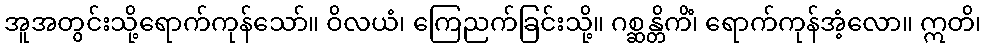
အူအတွင်းသို့ရောက်ကုန်သော်။ ဝိလယံ၊ ကြေညက်ခြင်းသို့။ ဂစ္ဆန္တိကိံ၊ ရောက်ကုန်အံ့လော။ ဣတိ၊